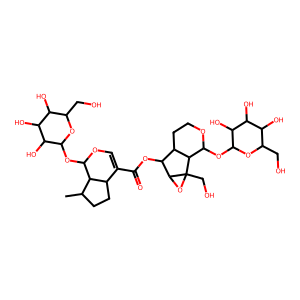
SMILES: CC1CCC2C(C(=O)OC3C4CCOC(OC5OC(CO)C(O)C(O)C5O)C4C4(CO)OC34)=COC(OC3OC(CO)C(O)C(O)C3O)C12
Inhibits HIV replication: No